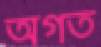
অগত